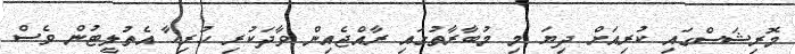
މޮރިޝަސްގައި ކުރިއަށް ދިޔަ މި މުބާރާތުގައި ރާއްޖެއިން ވާދަކުރި ހުރިހާ އެތުލީޓުން ވެސް